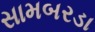
સામબરડા